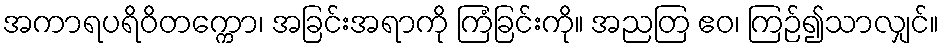
အကာရပရိဝိတက္ကော၊ အခြင်းအရာကို ကြံခြင်းကို။ အညတြ ဧဝ၊ ကြဉ်၍သာလျှင်။